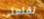
تقنعني